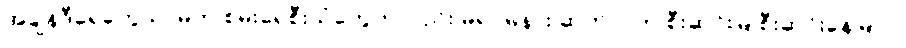
အချိန်ဒီရေတွေသာမက စမ်းရေစီးသံတွေကလည်း မရပ်မနား ဆက်လက် စီးဆင်းမြဲ စီးဆင်းနေမြဲပါ။